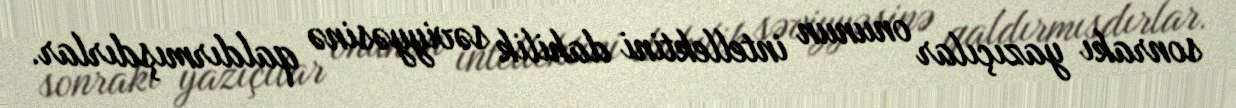
sonrakı yazıçılar onunun intellektini dahilik səviyyəsinə qaldırmışdırlar.